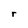
Character: r